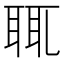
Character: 𦕿